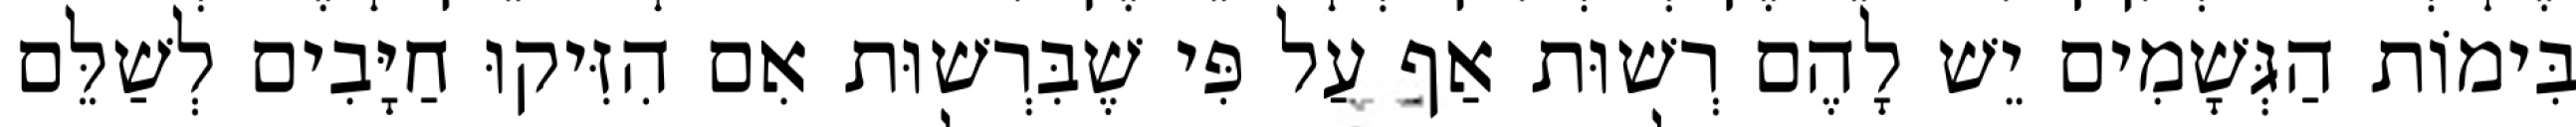
בִּימוֹת הַגְּשָׁמִים יֵשׁ לָהֶם רְשׁוּת אַף עַל פִּי שֶׁבִּרְשׁוּת אִם הִזִּיקוּ חַיָּבִים לְשַׁלֵּם